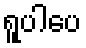
ရူပါပေ